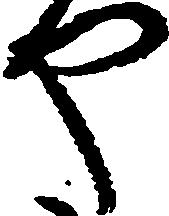
や